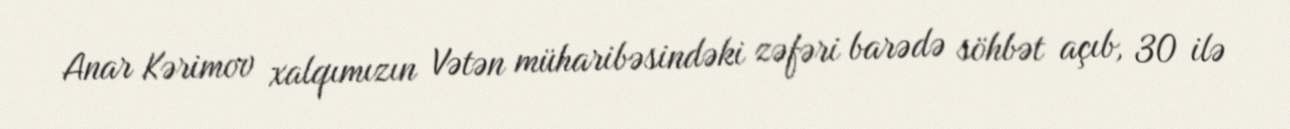
Anar Kərimov xalqımızın Vətən müharibəsindəki zəfəri barədə söhbət açıb, 30 ilə